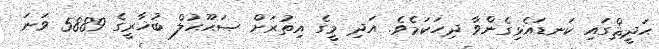
ޙަދީޘްގައި ކަނޑައެޅިގެންވާ ދިހަކަމެވެ. އަދި މީގެ އިތުރަށް ޞަޙޫޙުލް ބުޚާރީގެ 5889 ވަނަ